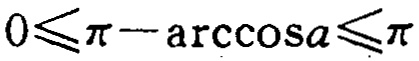
\(0\leqslant\pi - \arccos a\leqslant\pi\)